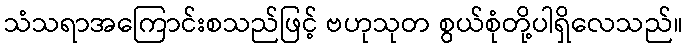
သံသရာအကြောင်းစသည်ဖြင့် ဗဟုသုတ စွယ်စုံတို့ပါရှိလေသည်။